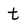
Character: t